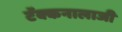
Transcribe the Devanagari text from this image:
टॅक्कनालाजी